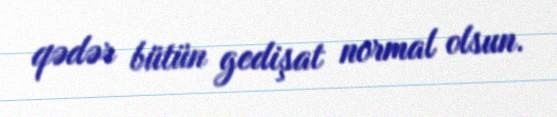
qədər bütün gedişat normal olsun.